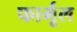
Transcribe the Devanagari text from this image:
फार्मूल